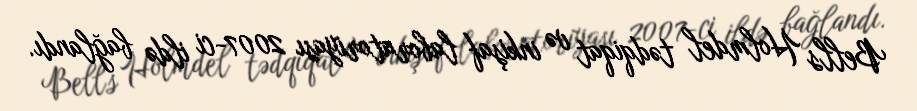
Bell's Holmdel tədqiqat və inkişaf laboratoriyası 2007-ci ildə bağlandı.